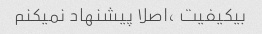
بیکیفیت ،اصلا پیشنهاد نمیکنم